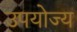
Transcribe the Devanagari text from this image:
उपयोज्य